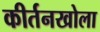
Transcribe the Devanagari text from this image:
कीर्तनखोला